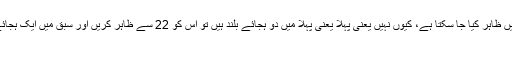
یعنی اگر میں یہ کہوں “پہلا سبق” تو کیا اسے جملے کو علامتوں میں ظاہر کیا جا سکتا ہے، کیوں نہیں یعنی پہلا یعنی پہلا میں دو ہجائے بلند ہیں تو اس کو 22 سے ظاہر کریں اور سبق میں ایک ہجائے کوتاہ اور ایک ہجائے بلند ہے تو اسے 1 2 سے ظاہر کریں گویا
اور اگر یہ کہوں ‘سبق پہلا’ تو اب اس کی ترتیب ہوگی 21 22۔